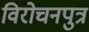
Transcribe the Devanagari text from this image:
विरोचनपुत्र